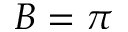
B = \pi